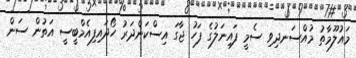
މައުލޫމާތު މުއްސަނދިވި ސެމީ ފައިނަލުގެ ފަހު ޖާގަ އިސްކަންދަރު ހޯދައިފިއެމްބީސީ އަތުން ސަން